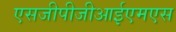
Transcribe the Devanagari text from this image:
एसजीपीजीआईएमएस